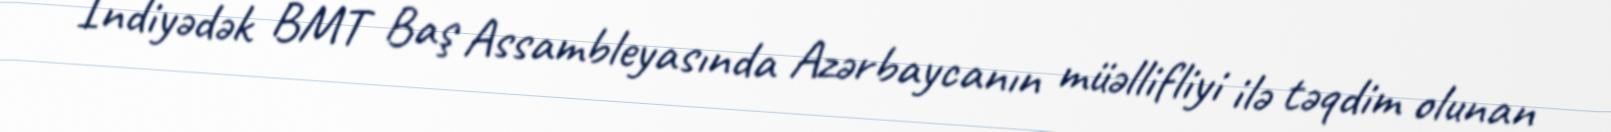
İndiyədək BMT Baş Assambleyasında Azərbaycanın müəllifliyi ilə təqdim olunan